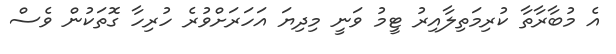
އެ މުބާރާތާ ކުރިމަތިލާއިރު ޓީމު ވަނީ މިދިޔަ އަހަރަށްވުރެ ހުރިހާ ގޮތަކުން ވެސް